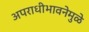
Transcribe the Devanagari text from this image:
अपराधीभावनेमुळे